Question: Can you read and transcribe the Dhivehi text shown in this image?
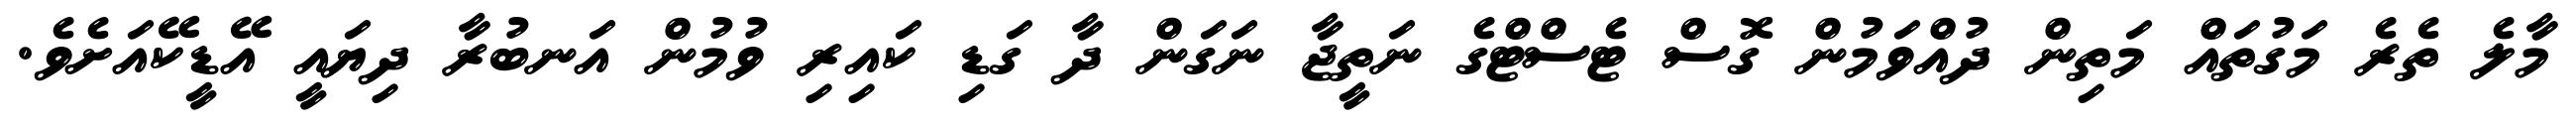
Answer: މާލެ ތެރެ މަގުތައް މަތިން ދުއްވަމުން ގޮސް ޓެސްޓްގެ ނަތީޖާ ނަގަން ދާ ގަޑި ކައިރި ވުމުން އަނބުރާ ދިޔައީ އޭޑީކޭއަށެވެ.